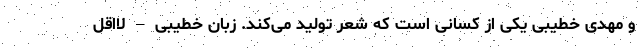
و مهدی خطیبی یکی از کسانی است که شعر تولید می‌کند. زبان خطیبی – لااقل